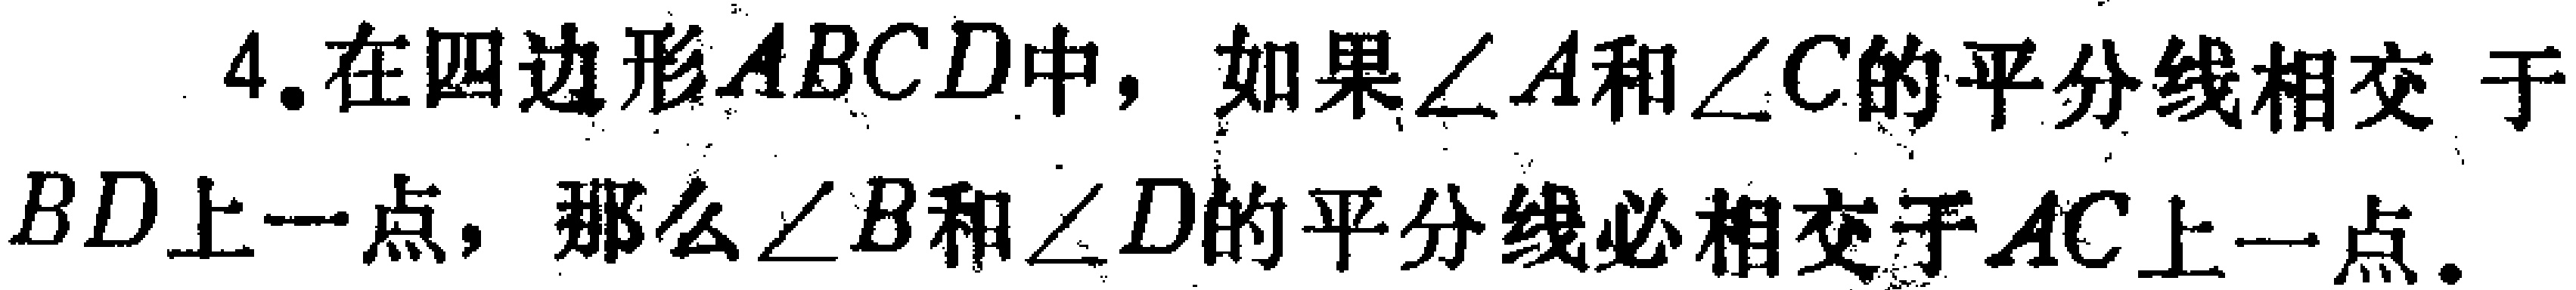
在四边形\(ABCD\)中，如果\(\angle A\)和\(\angle C\)的平分线相交于\(BD\)上一点，那么\(\angle B\)和\(\angle D\)的平分线必相交于\(AC\)上一点。